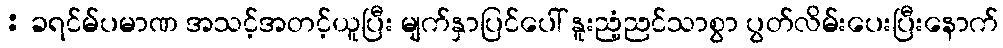
: ခရင်မ်ပမာဏ အသင့်အတင့်ယူပြီး မျက်နှာပြင်ပေါ် နူးညံ့ညင်သာစွာ ပွတ်လိမ်းပေးပြီးနောက်